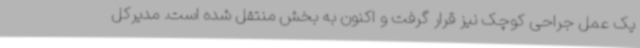
یک عمل جراحی کوچک نیز قرار گرفت و اکنون به بخش منتقل شده است. مدیرکل